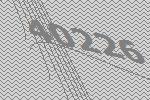
40226